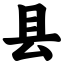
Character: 县